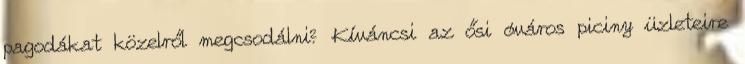
pagodákat közelről megcsodálni? Kíváncsi az ősi óváros piciny üzleteire